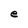
Character: e